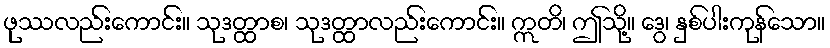
ဖုဿလည်းကောင်း။ သုဒတ္ထာစ၊ သုဒတ္ထာလည်းကောင်း။ ဣတိ၊ ဤသို့။ ဒွေ၊ နှစ်ပါးကုန်သော။